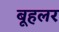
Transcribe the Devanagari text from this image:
बूहलर